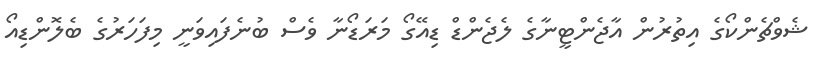
ޝެވްޗެންކޯގެ އިތުރުން އާޖެންޓީނާގެ ލެޖެންޑް ޑިއޭގޯ މަރަޑޯނާ ވެސް ބުނެފައިވަނީ މިފަހަރުގެ ބެލޮންޑިއޯ